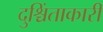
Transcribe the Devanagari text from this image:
दुश्चिंताकारी